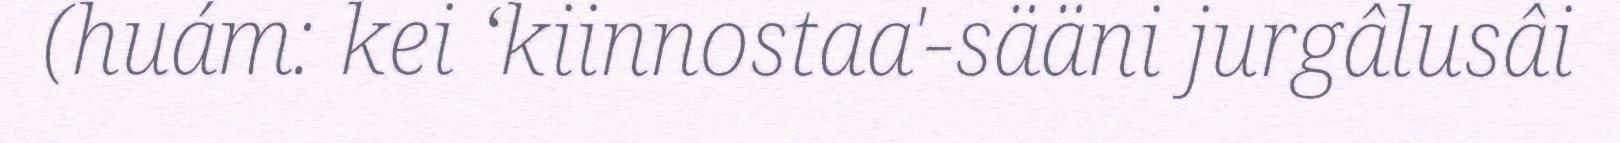
(huám: kei ‘kiinnostaa'-sääni jurgâlusâi